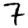
Digit: 7